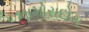
નામોરાદોસ